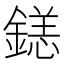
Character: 𲇛